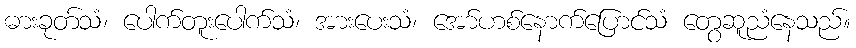
ဓားခုတ်သံ၊ ပေါက်တူးပေါက်သံ၊ အားပေးသံ၊ အော်ဟစ်နောက်ပြောင်သံ တွေဆူညံနေသည်။